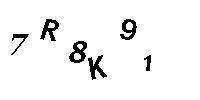
7R8K91